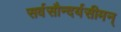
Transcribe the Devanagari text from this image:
सर्वसौन्दर्यसीमन्